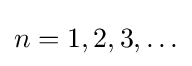
{\displaystyle n=1,2,3,\dots }